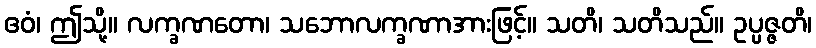
ဧဝံ၊ ဤသို့။ လက္ခဏတော၊ သဘောလက္ခဏာအားဖြင့်။ သတိ၊ သတိသည်။ ဥပ္ပဇ္ဇတိ၊